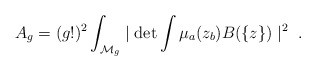
\begin{align*}A_g = (g!)^2 \int_{{\cal M}_g}\mid\det\int \mu_a (z_b) B(\{ z \} )\mid^2\ .\end{align*}